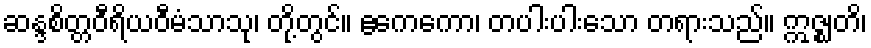
ဆန္ဒစိတ္တဝီရိယဝီမံသာသု၊ တို့တွင်။ ဧကေကော၊ တပါးပါးသော တရားသည်။ ဣဇ္ဈတိ၊